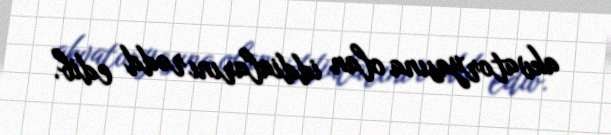
akvatoryasına olan iddialarını rədd edib.